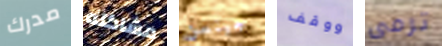
مدرك مشاكله جينسن ووقف ترمى